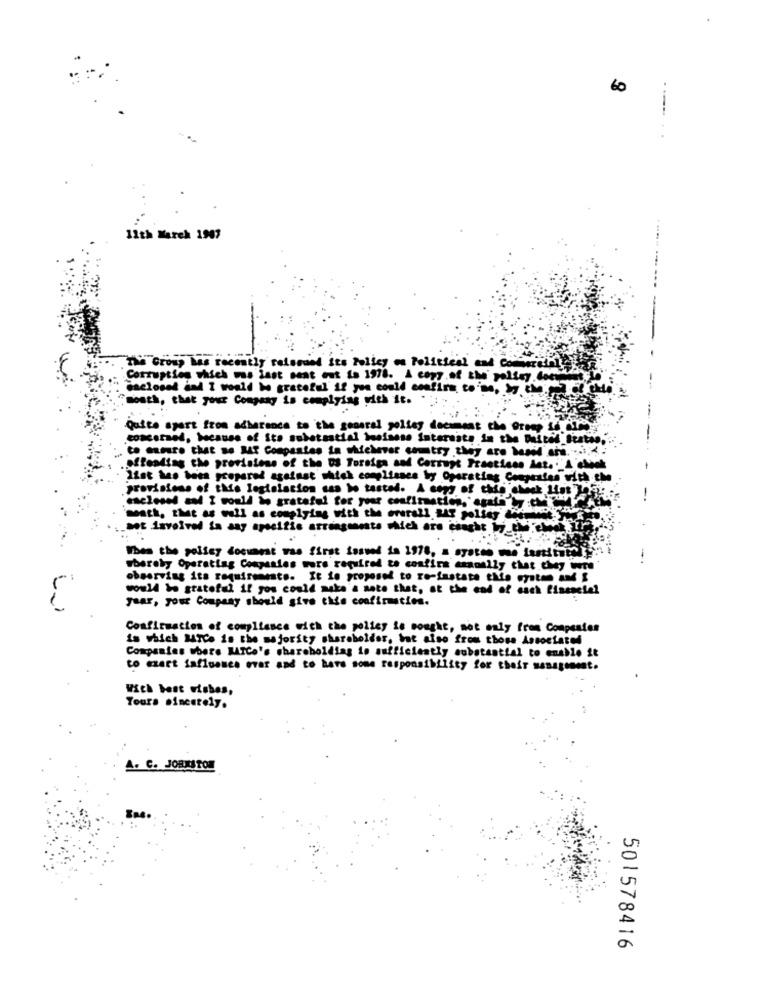
60
11th March 1907
The Group has recently released its Policy on Political and Commercial
Corruption which was last sent out is 1978. A copy of the' polisy.do
Enclosed and I would be grateful if you could confirm to's, by the
month, that your Company is complying with it.
Quite apart from adherence to the general policy document the Group to air
concerned, because of Sto substantial business interests in the Daltel States,"
to ensure that se MAT Compastas in whichever comtry .they are Weil ers. .... .
offending the provisions of the Us Torsiga and Corrupt Practices det. A chok
list has been prepared against which complisses by Operating Congestes with the
provisions of this legislation usa bo tasted. A copy of this check List Yesi :
math, that as well as complying with the overall Mf polies nie
not involved in any specific arringonests Which are chught
Wbes the policy document was first issued in 1978, a systen we fastitut !
whereby Operating Companies wore required to confirm annually that they were
observing its requirements. It io proposed to re-fastate this system and I
would be grateful if you could make'a note that, at the end of each financial
year, your Company should give this confirmation.
Confirmation of compliance with the policy is sought, not only from Companies
is which MTCe is the majority shareholder, but also from those Associated
Companies where MICo's shareholding in sufficiently substantial to enable it
to exert influence evar and to have some responsibility for their management.
Wich best wishes,
Tours sincerely.
A. C. JORXSTOM
501578416